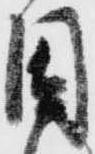
因